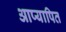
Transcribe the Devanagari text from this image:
आप्यापित